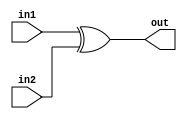
module xor_gate (
    input in1,
    input in2,
    output out
);

assign out = in1 ^ in2;

endmodule